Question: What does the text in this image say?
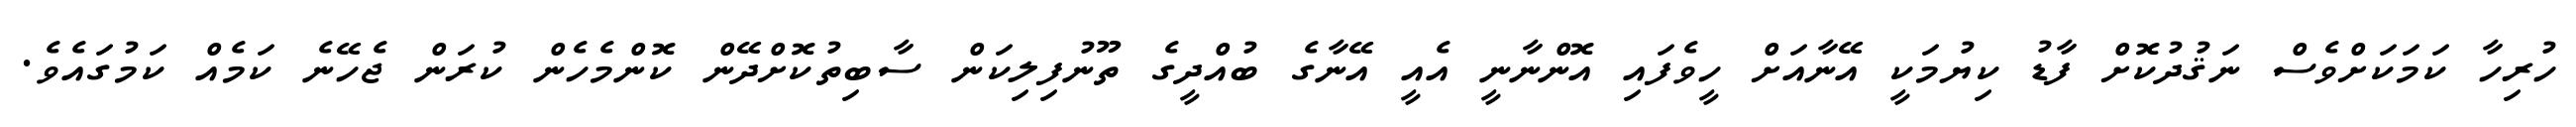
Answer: ހުރިހާ ކަމަކަށްވެސް ނަޤުދުކޮށް ފާޑު ކިޔުމަކީ އޭނާއަށް ހީވެފައި އޮންނާނީ އެއީ އޭނާގެ ބުއްދީގެ ތޫނުފިލިކަން ސާބިތުކޮށްދޭން ކޮންމެހެން ކުރަން ޖެހޭނެ ކަމެއް ކަމުގައެވެ.